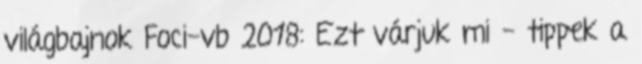
világbajnok Foci-vb 2018: Ezt várjuk mi - tippek a